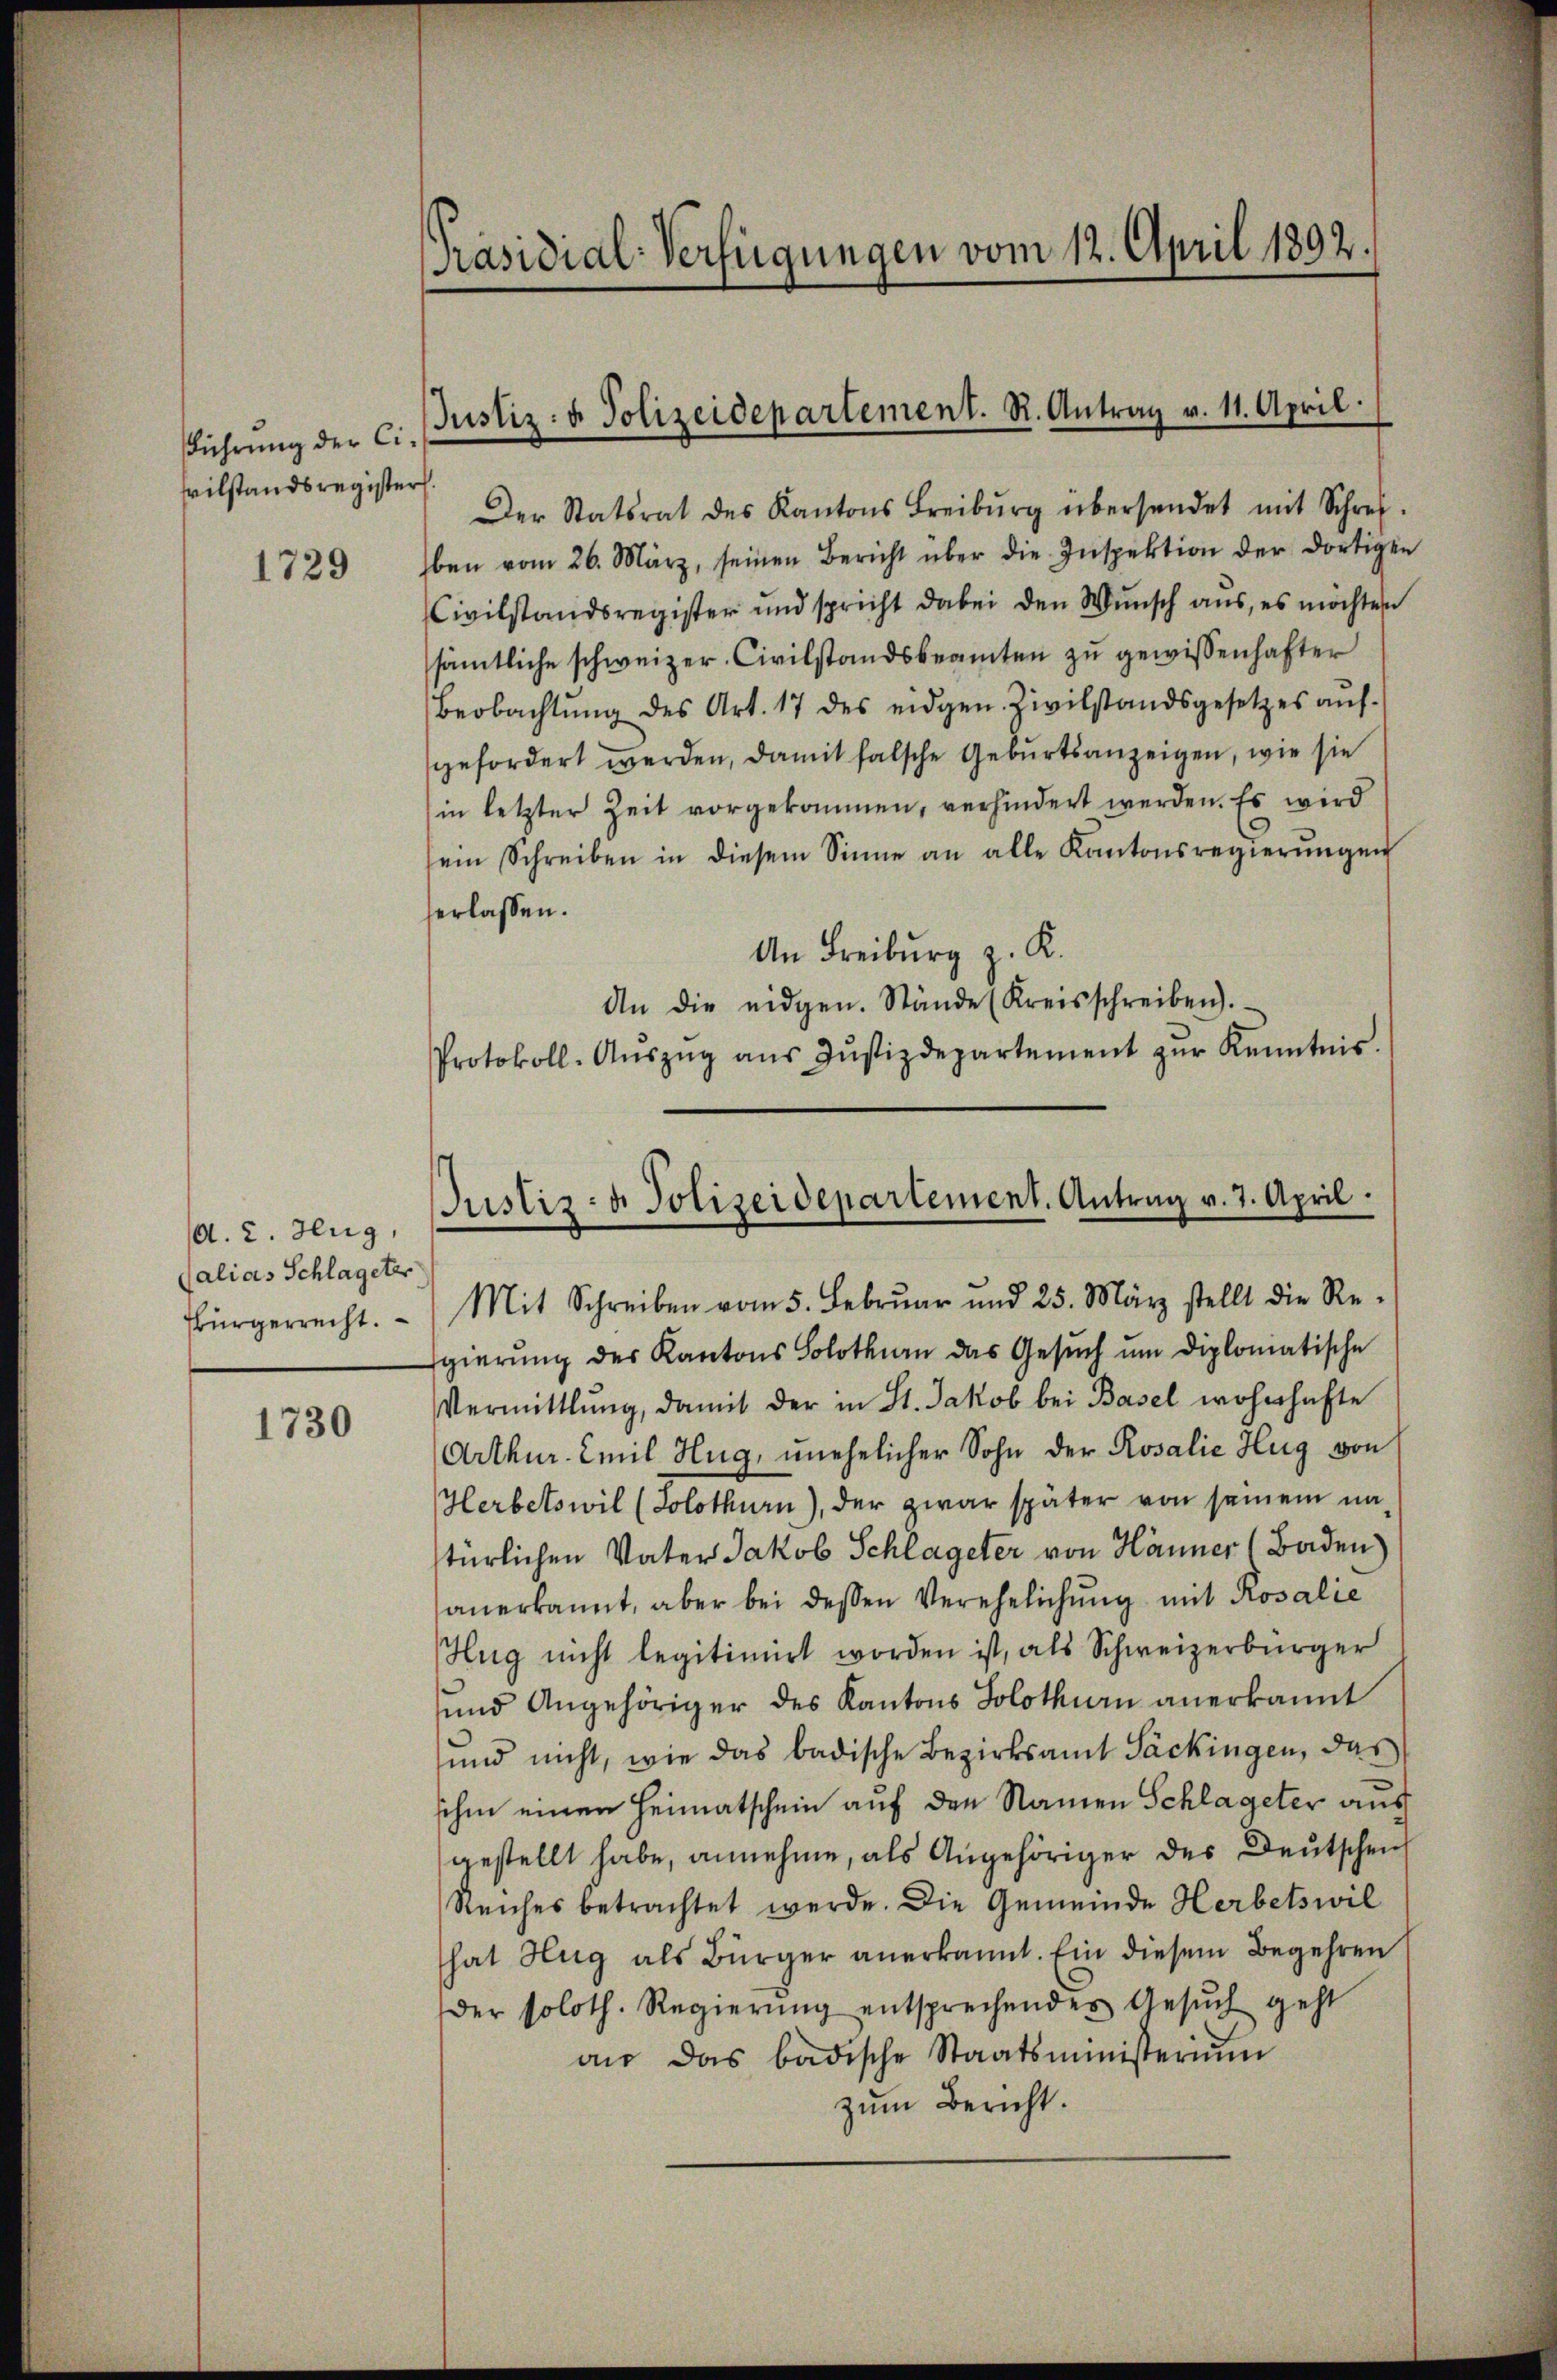
Führung der Cisvilstandsregister.

1729

(A. 2. Hug,
Calias Schlageter

1730

Präsidial-Verfügungen vom 12. April 1892.

Justiz- u. Polizeidepartement. R. Antrag v. 11. April.

Der Statsrat des Kantons Freiburg übersendet mit Schrei-
ben vom 26. März, seinen Bericht über die Inspektion der dortigen
Civilstandsregister und spricht dabei den Wunsch aus, es möchten
sämtliche schweizer Civilstandsbeamten zu gewissenhafter
Beobachtŭng des Art. 17 des eidgen. Zivilstandsgesetzes aŭf-
gefordert werden, damit falsche Geburtsanzeigen, wie sie
in letzter Zeit vorgekommen, verhindert werden. Es wird
sein Schreiben in diesem Sinne an alle Kantonsregierŭngen
erlassen.
An Freiburg z. K.
An die eidgen. Stände (Kreisschreiben).
Protokoll-Aŭszŭg aŭs Jŭstizdepartement zŭr Kenntnis.

Justiz- & Polizeidepartement. Antrag v. 7. April.

Bürgerrecht. Mit Schreiben vom 5. Febrŭar und 25. März stellt die Re-
gierung des Kantons Solothurn das Gesuch um diplomatische
Vermittlung, damit der in St. Jakob bei Basel wohnhafte
Arthur. Emil Hug, unehelicher Sohn der Rosalie Hug von
Herbetswil (Solothurn), der zwar später von seinem na
türlichen Vater Jakob Schlageter von Hänner (Baden)
anerkannt, aber bei dessen Verehelichung mit Rosalie
Hug nicht legitimirt worden ist, als Schweizerbürger
und Angehöriger des Kantons Solothurn anerkannt
und nicht, wie das badische Bezirksamt Packingen, das
ihm einen Heimatschein auf den Namen Schlageter aus
gestellt habe, annehme, als Angehöriger des Deutschei
Reiches betrachtet werde. Die Gemeinde Herbetswil
hat Hug als Bürger anerkannt. Ein diesem Begehren
der soloth. Regierŭng entsprechendes Gesŭch geht
an das badische Staatsministerium
zŭm Bericht.